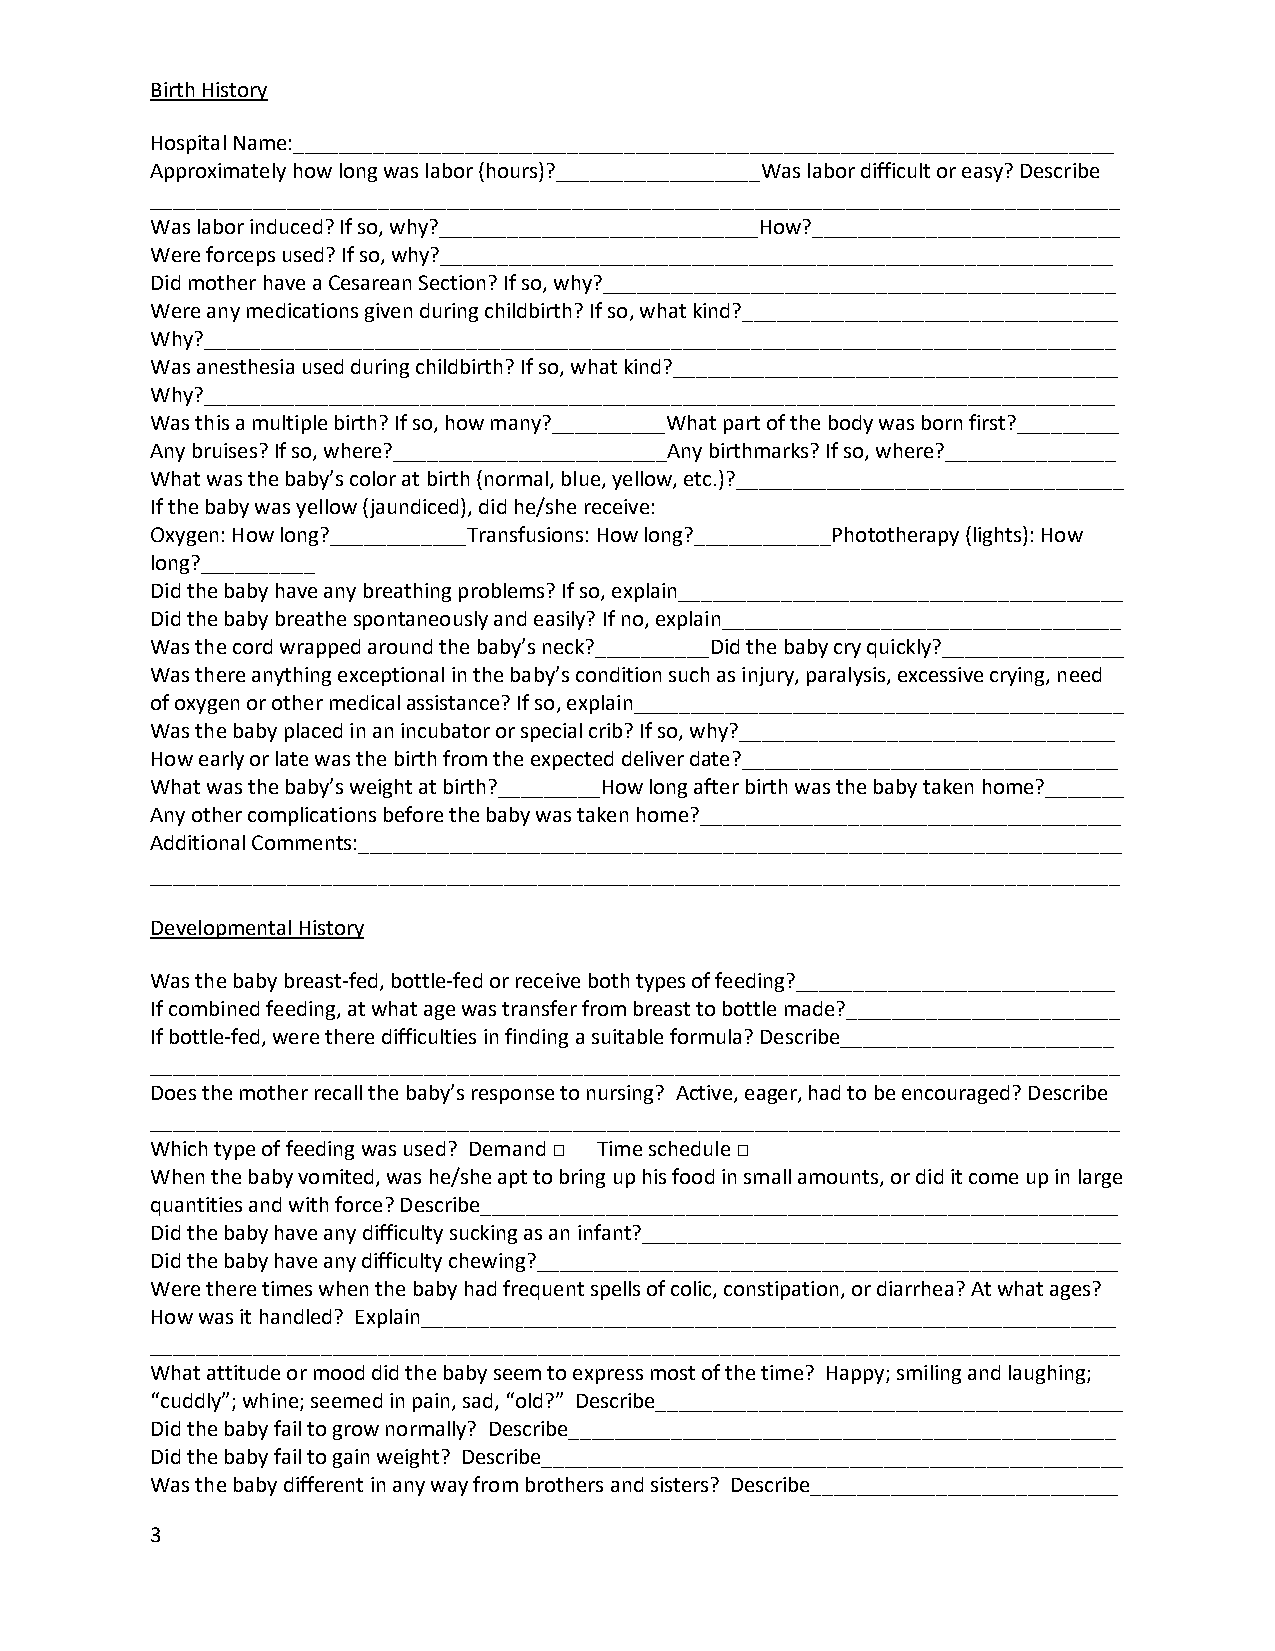
Birth History
 Hospital Name:________________________________________________________________________
 Approximately how long was labor (hours)?__________________Was labor difficult or easy? Describe
 _____________________________________________________________________________________
 Was labor induced? If so, why?____________________________How?___________________________
 Were forceps used? If so, why?___________________________________________________________
 Did mother have a Cesarean Section? If so, why?_____________________________________________
 Were any medications given during childbirth? If so, what kind?_________________________________
 Why?________________________________________________________________________________
 Was anesthesia used during childbirth? If so, what kind?_______________________________________
 Why?________________________________________________________________________________
 Was this a multiple birth? If so, how many?__________What part of the body was born first?_________
 Any bruises? If so, where?________________________Any birthmarks? If so, where?_______________
 What was the baby’s color at birth (normal, blue, yellow, etc.)?__________________________________
 If the baby was yellow (jaundiced), did he/she receive:
 Oxygen: How long?____________Transfusions: How long?____________Phototherapy (lights): How
 long?__________
 Did the baby have any breathing problems? If so, explain_______________________________________
 Did the baby breathe spontaneously and easily? If no, explain___________________________________
 Was the cord wrapped around the baby’s neck?__________Did the baby cry quickly?________________
 Was there anything exceptional in the baby’s condition such as injury, paralysis, excessive crying, need
 of oxygen or other medical assistance? If so, explain___________________________________________
 Was the baby placed in an incubator or special crib? If so, why?_________________________________
 How early or late was the birth from the expected deliver date?_________________________________
 What was the baby’s weight at birth?_________How long after birth was the baby taken home?_______
 Any other complications before the baby was taken home?_____________________________________
 Additional Comments:___________________________________________________________________
 _____________________________________________________________________________________
 Developmental History
 Was the baby breast-fed, bottle-fed or receive both types of feeding?____________________________
 If combined feeding, at what age was transfer from breast to bottle made?________________________
 If bottle-fed, were there difficulties in finding a suitable formula? Describe________________________
 _____________________________________________________________________________________
 Does the mother recall the baby’s response to nursing? Active, eager, had to be encouraged? Describe
 _____________________________________________________________________________________
 Which type of feeding was used? Demand □ Time schedule □
 When the baby vomited, was he/she apt to bring up his food in small amounts, or did it come up in large
 quantities and with force? Describe________________________________________________________
 Did the baby have any difficulty sucking as an infant?__________________________________________
 Did the baby have any difficulty chewing?___________________________________________________
 Were there times when the baby had frequent spells of colic, constipation, or diarrhea? At what ages?
 How was it handled? Explain_____________________________________________________________
 _____________________________________________________________________________________
 What attitude or mood did the baby seem to express most of the time? Happy; smiling and laughing;
 “cuddly”; whine; seemed in pain, sad, “old?” Describe_________________________________________
 Did the baby fail to grow normally? Describe________________________________________________
 Did the baby fail to gain weight? Describe___________________________________________________
 Was the baby different in any way from brothers and sisters? Describe___________________________
 3